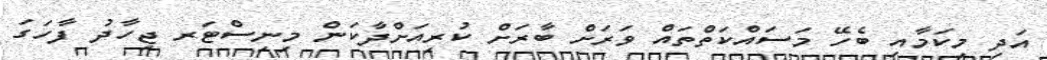
އަދި މިކަމާއި ބެހޭ މަސައްކަތްތައް ވަރަށް ބާރަށް ކުރިއަށްދާކަން މިނިސްޓަރ ޖިހާދު ފާހަގަ